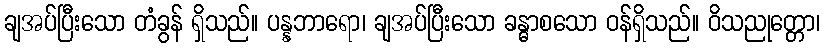
ချအပ်ပြီးသော တံခွန် ရှိသည်။ ပန္နဘာရော၊ ချအပ်ပြီးသော ခန္ဓာစသော ဝန်ရှိသည်။ ဝိသညုတ္တော၊